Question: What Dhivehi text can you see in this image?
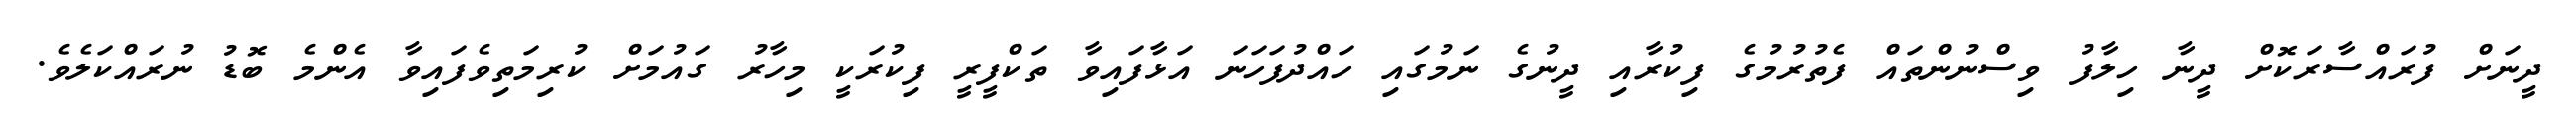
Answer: ދީނަށް ފުރައްސާރަކޮށް ދީނާ ހިލާފު ވިސްނުންތައް ފެތުރުމުގެ ފިކުރާއި ދީނުގެ ނަމުގައި ހައްދުފަހަނަ އަޅާފައިވާ ތަކްފީރީ ފިކުރަކީ މިހާރު ގައުމަށް ކުރިމަތިވެފައިވާ އެންމެ ބޮޑު ނުރައްކަލެވެ.